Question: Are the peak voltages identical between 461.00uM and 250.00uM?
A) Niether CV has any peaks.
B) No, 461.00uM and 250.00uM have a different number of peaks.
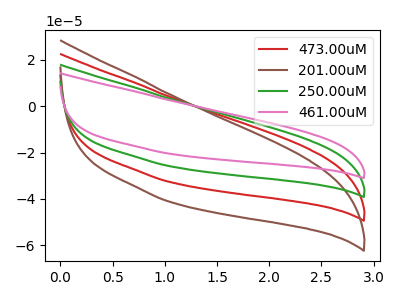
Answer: <think>The red curve "473.00uM" has no peaks. The brown curve "201.00uM" has no peaks. The green curve "250.00uM" has no peaks. The pink curve "461.00uM" has no peaks.</think>
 <answer>A) Niether CV has any peaks.</answer>
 <eval>A</eval>